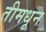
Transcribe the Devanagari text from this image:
तीमधून